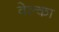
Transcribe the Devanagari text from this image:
वेल्का